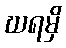
ဃရမှိ